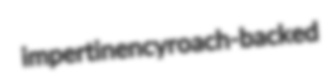
impertinency roach-backed